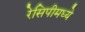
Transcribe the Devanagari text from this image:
रेसिपीमध्ये